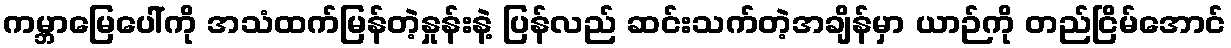
ကမ္ဘာမြေပေါ်ကို အသံထက်မြန်တဲ့နှုန်းနဲ့ ပြန်လည် ဆင်းသက်တဲ့အချိန်မှာ ယာဉ်ကို တည်ငြိမ်အောင်